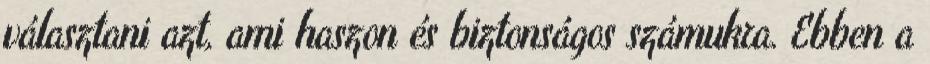
választani azt, ami haszon és biztonságos számukra. Ebben a